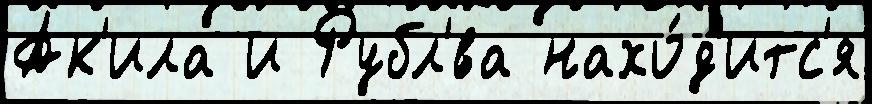
Ак'ила и Рубл'́ва нахо́д'итс'я